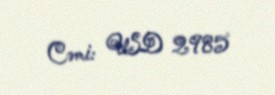
Cəmi: USD 2985